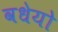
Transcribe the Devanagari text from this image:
वधेयो